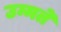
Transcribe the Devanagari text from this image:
उम्मते